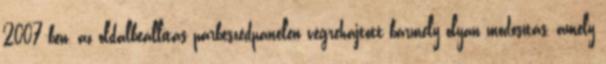
2007-ben, az oldalbeállítás párbeszédpanelen végrehajtott bármely olyan módosítás, amely